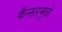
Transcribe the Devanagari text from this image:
कॅन्सरमुळे